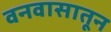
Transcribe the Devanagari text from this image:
वनवासातून